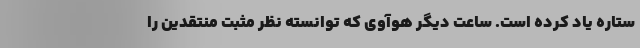
ستاره یاد کرده است. ساعت دیگر هوآوی که توانسته نظر مثبت منتقدین را